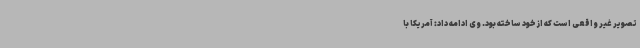
تصویر غیر واقعی است که از خود ساخته بود. وی ادامه داد: آمریکا با